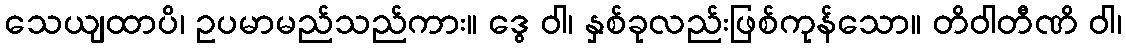
သေယျထာပိ၊ ဥပမာမည်သည်ကား။ ဒွေ ဝါ၊ နှစ်ခုလည်းဖြစ်ကုန်သော။ တိဝါတီဏိ ဝါ၊